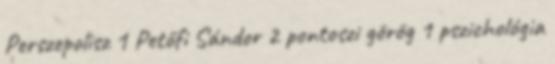
Perszepolisz 1 Petőfi Sándor 2 pontoszi görög 1 pszichológia